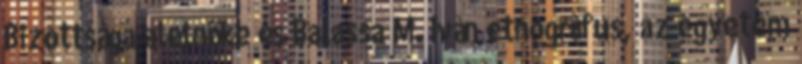
Bizottsága alelnöke és Balassa M. Iván etnográfus, az egyetem